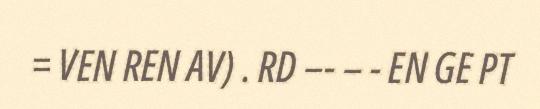
= VEN REN AV) . RD –- – - EN GE PT